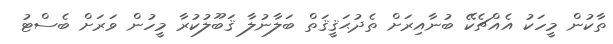
ތާކުން މީހަކު އެއްޗެކޭ ބުނާއިރަށް ތެދުޙަޤީޤަތް ބަލާނުލާ ޤަބޫލުކުރާ މީހުން ވަރަށް ބެސްޓު